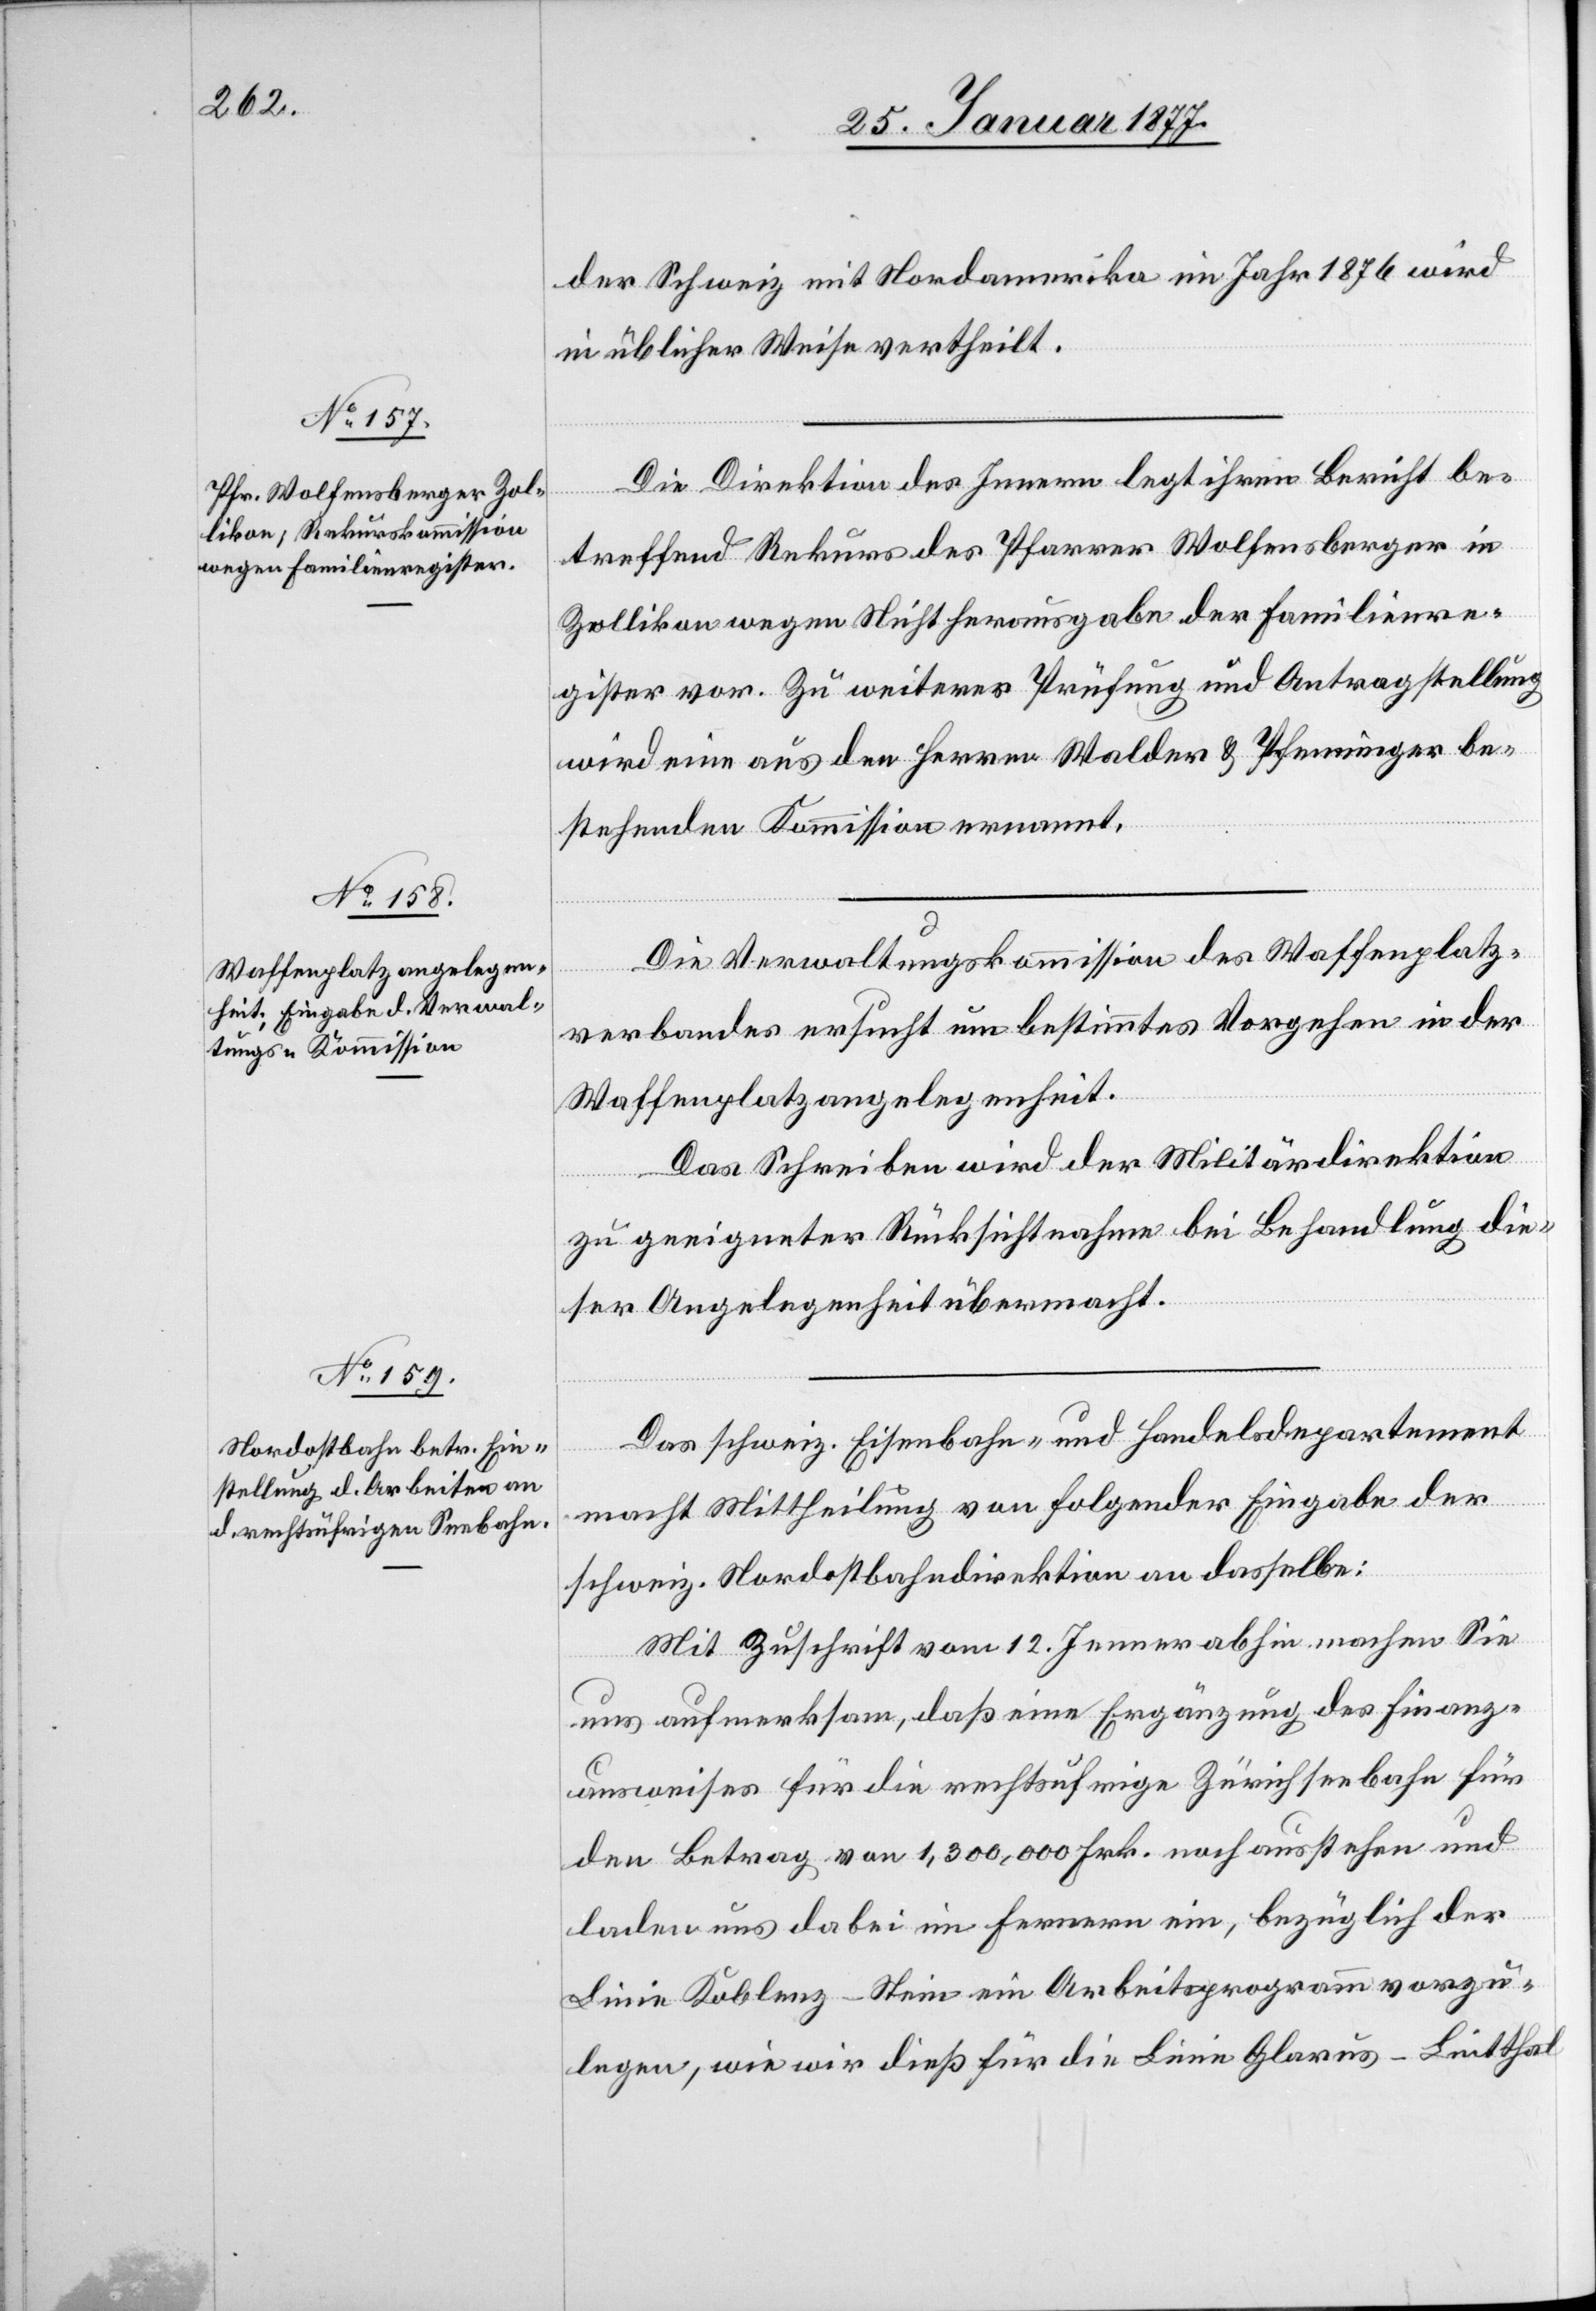
der Schweiz mit Nordamerika im Jahr 1876 wird
in üblicher Weise vertheilt.
Die Direktion des Innern legt ihren Bericht be¬
treffend Rekurs des Pfarrer Wolfensberger in
Zollikon wegen Nichtherausgabe der Familienre¬
gister vor. Zu weiterer Prüfung und Antragstellung
wird eine aus den Herren Walder & Pfenninger be¬
stehende Kommission ernannt.
Die Verwaltungskommission des Waffenplatz¬
verbandes ersucht um bestimmtes Vorgehen in der
Waffenplatzangelegenheit.
Das Schreiben wird der Militärdirektion
zu geeigneter Rücksichtnahme bei Behandlung die¬
ser Angelegenheit übermacht.
Das schweiz. Eisenbahn- und Handelsdepartement
macht Mittheilung von folgender Eingabe der
schweiz. Nordostbahndirektion an dasselbe:
Mit Zuschrift vom 12. Jenner abhin machen Sie
uns aufmerksam, daß eine Ergänzung des Finanz¬
ausweises für die rechtsufrige Zürichseebahn für
den Betrag von 1,300,000 Frk. noch ausstehe und
laden uns dabei im Fernern ein, bezüglich der
Linie Koblenz–Stein ein Arbeitsprogramm vorzu¬
legen, wie wir dieß für die Linie Glarus–Lintthal